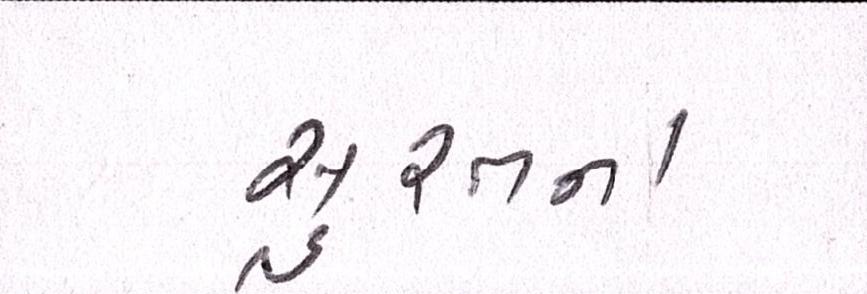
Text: સુરતના